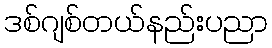
ဒစ်ဂျစ်တယ်နည်းပညာ